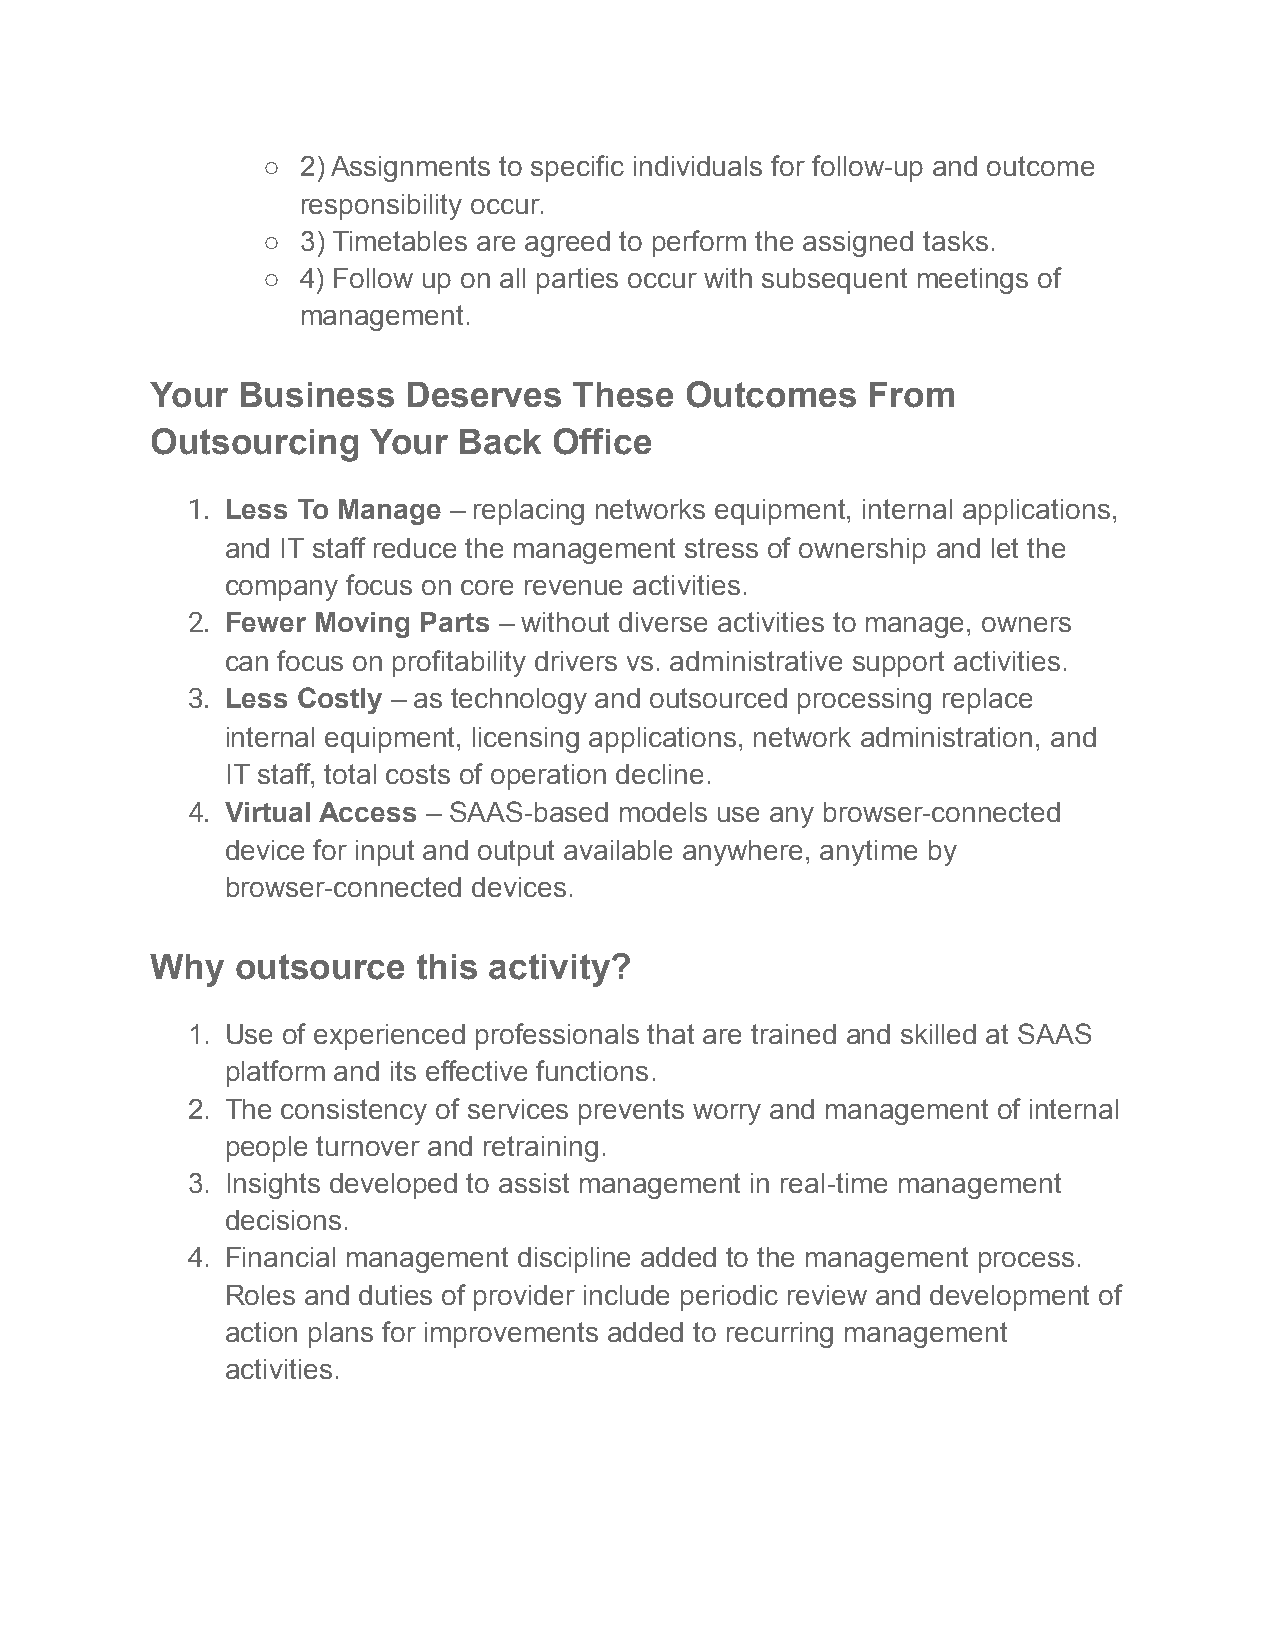
○  2) Assignments to specific individuals for follow-up and outcome
 responsibility occur.
 ○  3) Timetables are agreed to perform the assigned tasks.
 ○  4) Follow up on all parties occur with subsequent meetings of
 management.
 Your  Business   Deserves   These  Outcomes    From
 Outsourcing   Your  Back   Office
 1. Less To Manage – replacing networks equipment, internal applications,
 and IT staff reduce the management stress of ownership and let the
 company focus on core revenue activities.
 2. Fewer Moving Parts – without diverse activities to manage, owners
 can focus on profitability drivers vs. administrative support activities.
 3. Less Costly – as technology and outsourced processing replace
 internal equipment, licensing applications, network administration, and
 IT staff, total costs of operation decline.
 4. Virtual Access – SAAS-based models use any browser-connected
 device for input and output available anywhere, anytime by
 browser-connected devices.
 Why   outsource   this activity?
 1. Use of experienced professionals that are trained and skilled at SAAS
 platform and its effective functions.
 2. The consistency of services prevents worry and management of internal
 people turnover and retraining.
 3. Insights developed to assist management in real-time management
 decisions.
 4. Financial management discipline added to the management process.
 Roles and duties of provider include periodic review and development of
 action plans for improvements added to recurring management
 activities.